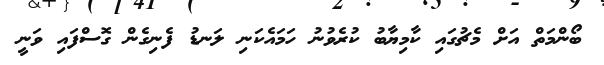
ބޯންމަތް އަށް މެޗުގައި ކާމިޔާބު ކުރެވުނު ހަމައެކަނި ލަނޑު ފެނިގެން ގޮސްފައި ވަނީ